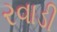
રવાડી